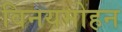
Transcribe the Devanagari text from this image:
विनयमोहन